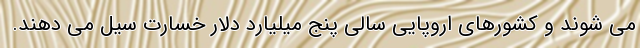
می شوند و کشورهای اروپایی سالی پنج میلیارد دلار خسارت سیل می دهند.